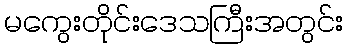
မကွေးတိုင်းဒေသကြီးအတွင်း